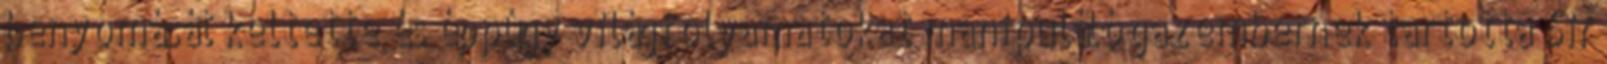
benyomását keltette és éppúgy világfolyamatokat mani­pu­láló gazembernek tartotta Sir